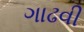
ગાઢવી